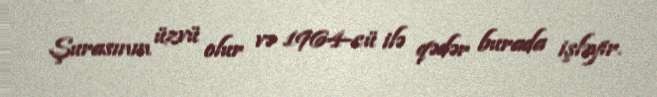
Şurasının üzvü olur və 1964-cü ilə qədər burada işləyir.